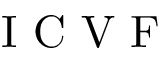
\mathrm { ~ \textit ~ { ~ I ~ C ~ V ~ F ~ } ~ }